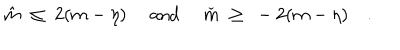
\hat { m } \ \leq \ 2 ( m - \eta ) \quad \mathrm { ~ a n d ~ } \quad \check { m } \ \geq \ - 2 ( m - \eta ) \quad .